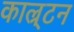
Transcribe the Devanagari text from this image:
काल्र्टन